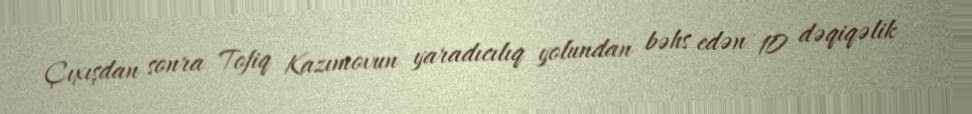
Çıxışdan sonra Tofiq Kazımovun yaradıcılıq yolundan bəhs edən 10 dəqiqəlik